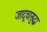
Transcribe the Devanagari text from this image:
जादूचासुद्धा